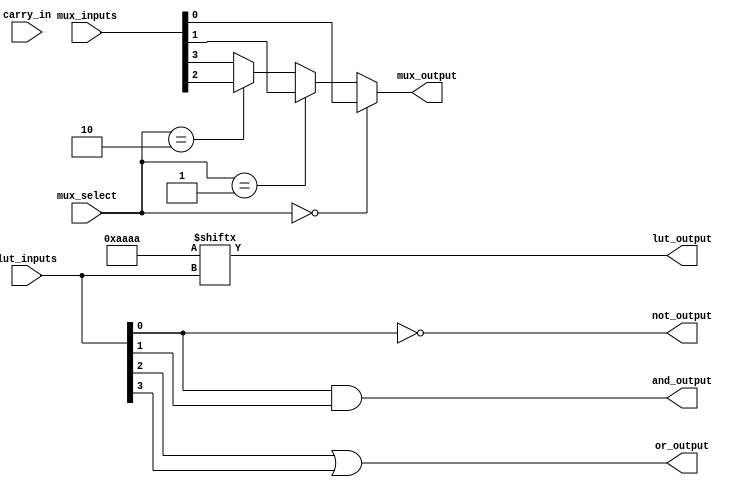
module combinational_logic_block (
    input wire [3:0] lut_inputs,     // 4-bit input for LUT
    input wire [1:0] mux_select,      // 2-bit select signal for MUX
    input wire [3:0] mux_inputs,      // 4-bit inputs for MUX
    input wire carry_in,               // Carry input for arithmetic operations
    output wire lut_output,            // Output from LUT
    output wire mux_output,            // Output from MUX
    output wire and_output,            // Output from AND gate
    output wire or_output,             // Output from OR gate
    output wire not_output              // Output from NOT gate
);

    // Look-Up Table (LUT) implementation (4-input)
    reg [15:0] lut_memory; // 16 possible combinations for 4 inputs
    assign lut_output = lut_memory[lut_inputs]; // Output based on LUT memory

    // MUX implementation
    assign mux_output = (mux_select == 2'b00) ? mux_inputs[0] :
                        (mux_select == 2'b01) ? mux_inputs[1] :
                        (mux_select == 2'b10) ? mux_inputs[2] :
                        mux_inputs[3]; // Default case

    // Basic Logic Gates
    assign and_output = lut_inputs[0] & lut_inputs[1]; // AND gate
    assign or_output = lut_inputs[2] | lut_inputs[3];  // OR gate
    assign not_output = ~lut_inputs[0];                 // NOT gate

    // Initialize LUT memory (example configuration)
    initial begin
        lut_memory = 16'b1010101010101010; // Example truth table
    end

endmodule